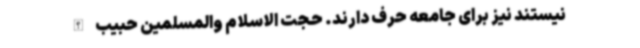
نیستند نیز برای جامعه حرف دارند. حجت الاسلام والمسلمین حبیب الله